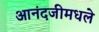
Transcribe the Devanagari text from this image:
आनंदजीमधले